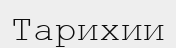
Тарихии